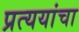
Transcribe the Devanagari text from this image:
प्रत्ययांचा